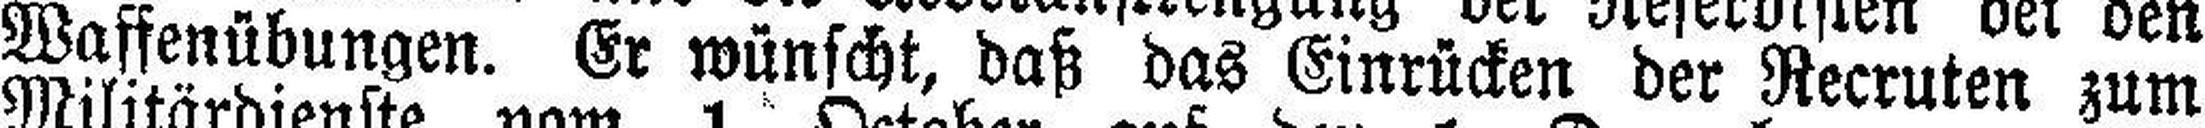
Waffenübungen. Er wünscht, daß das Einrücken der Recruten zum